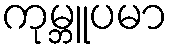
ကုမ္ဘူပမာ